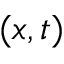
( x , t )